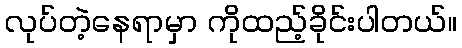
လုပ်တဲ့နေရာမှာ ကိုထည့်ခိုင်းပါတယ်။